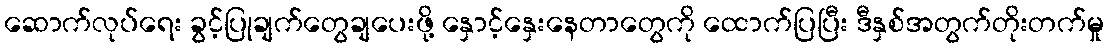
ဆောက်လုပ်ရေး ခွင့်ပြုချက်တွေချပေးဖို့ နှောင့်နှေးနေတာတွေကို ထောက်ပြပြီး ဒီနှစ်အတွက်တိုးတက်မှု